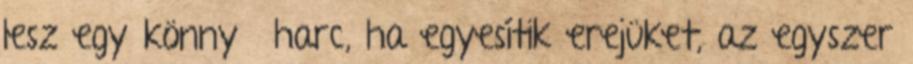
lesz egy könnyű harc, ha egyesítik erejüket, az egyszer